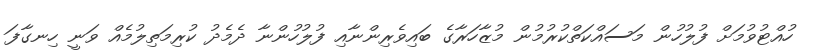
ހުއްޓުވުމަށް ފުލުހުން މަސައްކަތްކުރުމުން މުޒާހަރާގެ ބައިވެރިންނާއި ފުލުހުންނާ ދެމެދު ކުރިމަތިލުމެއް ވަނީ ހިނގާފަ